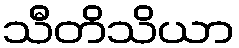
သီတိသိယာ